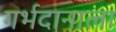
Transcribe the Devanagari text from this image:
गर्भदानाला